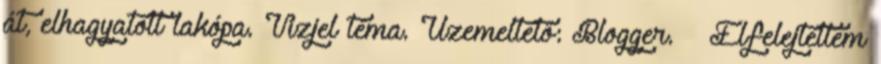
át, elhagyatott lakópa. Vízjel téma. Üzemeltető: Blogger. » Elfelejtettem